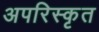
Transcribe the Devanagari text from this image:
अपरिस्कृत